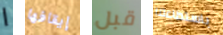
ا إيقافها قبل باستطاعتنا